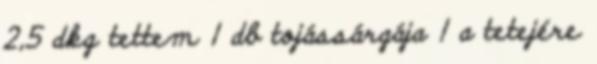
2,5 dkg tettem 1 db tojássárgája 1 a tetejére